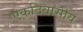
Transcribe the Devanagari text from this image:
एकदिवासीय